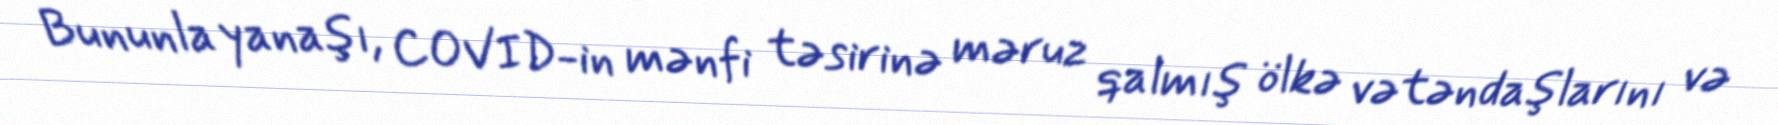
Bununla yanaşı, COVID-in mənfi təsirinə məruz qalmış ölkə vətəndaşlarını və